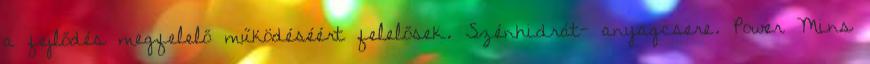
a fejlődés megfelelő működéséért felelősek. Szénhidrát- anyagcsere. Power Mins